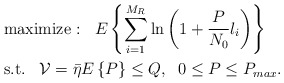
\begin{align*}{}&{}\textrm{maximize :}\;\;\;E \left\{ \sum_{i=1}^{M_R} \ln \left( 1 + \frac{P}{N_0} l_i \right) \right\} \\&\textrm{s.t.}\;\;\;{\mathcal V} = \bar{\eta} E\left\{ P \right \} \leq Q, \;\; 0 \leq P \leq P_{max}.\end{align*}